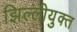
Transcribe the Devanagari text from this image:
झिल्लीयुक्त